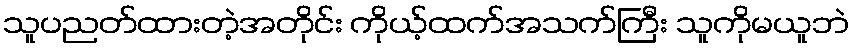
သူပညတ်ထားတဲ့အတိုင်း ကိုယ့်ထက်အသက်ကြီး သူကိုမယူဘဲ